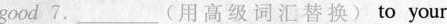
good 7.___(用高级词汇替换)to your